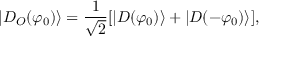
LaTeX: | D _ { O } ( \varphi _ { 0 } ) \rangle = \frac { 1 } { \sqrt { 2 } } [ | D ( \varphi _ { 0 } ) \rangle + | D ( - \varphi _ { 0 } ) \rangle ] ,